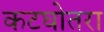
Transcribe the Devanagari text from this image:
कटघोतरा